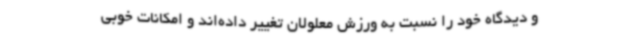
و دیدگاه خود را نسبت به ورزش معلولان تغییر داده‌اند و امکانات خوبی